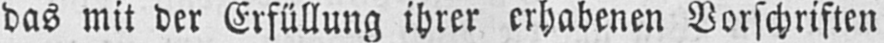
das mit der Erfüllung ihrer erhabenen Vorschriften